Annual report on the Civil Veterinary Department, Burma (including the Insein Veterinary School) - 1932-1941
Year: 1932
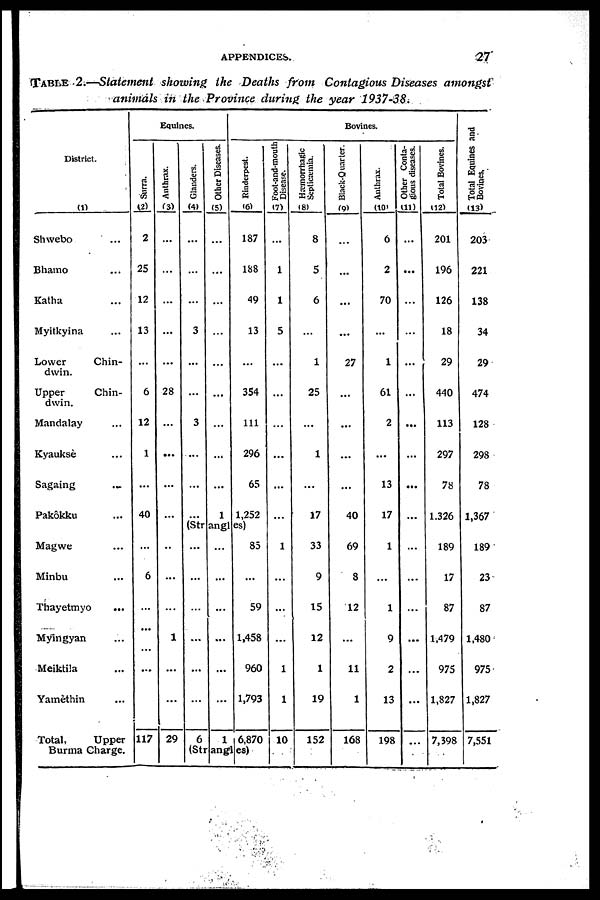
APPENDICES.
27
TABLE 2.—Statement showing the Deaths from Contagious Diseases amongst
animals in the Province during the year 1937-38.
District.
(1)
Shwebo ...
Bhamo ...
Katha ...
Myitkyina ...
Lower
Chin-
dwin.
Upper
Chin-
dwin.
Mandalay ...
Kyauksè ...
Sagaing ...
Pakôkku ...
Magwe ...
Minbu ...
Thayetmyo
...
Myingyan ...
Meiktila ...
Yamèthin ...
Total,
Upper
Burma Charge.
Equines.
Surra.
(2)
2
25
12
13
...
6
12
1
...
40
...
6
...
...
...
...
117
Anthrax.
(3)
...
...
...
...
...
28
...
...
...
...
...
...
...
1
...
...
29
Glanders.
(4)
...
...
...
3
...
...
3
...
...
...
...
...
...
...
...
...
6
Other Diseases.
(5)
...
...
...
...
...
...
...
1
...
...
...
...
...
...
1
Bovines.
Rinderpest.
(6)
187
188
49
13
...
354
111
296
65
1,252
85
...
59
1,458
960
1,793
6,870
(Strangies)
Foot-and-mouth
Disease.
(7)
...
1
1
5
...
...
...
...
...
...
1
...
...
...
1
1
10
Hæmorrhagic
Septicæmia.
(8)
8
5
6
...
1
25
...
1
...
17
33
9
15
12
1
19
152
Black-Quarter.
(9)
...
...
...
...
27
...
...
...
...
40
69
8
12
...
11
1
168
Anthrax.
(10)
6
2
70
...
1
61
2
...
13
17
1
...
1
9
2
13
198
Other Conta-
gious diseases.
(11)
...
...
...
...
...
...
...
...
...
...
...
...
...
...
...
...
Total Bovines.
(12)
201
196
126
18
29
440
113
297
78
1,326
189
17
87
1,479
975
1,827
7,398
Total Equines and
Bovines.
(13)
203
221
138
34
29
474
128
298
78
1,367
189
23
87
1,480
975
1,827
7,551